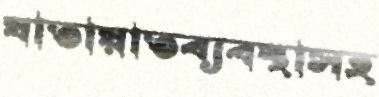
যাতায়াতব্যবস্থাসহ